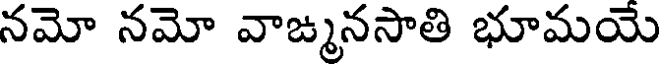
నమో నమో వాఙ్మనసాతి భూమయే